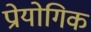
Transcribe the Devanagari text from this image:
प्रोयोगिक